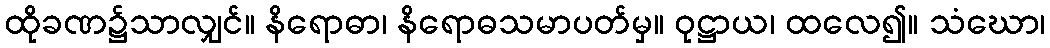
ထိုခဏ၌သာလျှင်။ နိရောဓာ၊ နိရောဓသမာပတ်မှ။ ဝုဋ္ဌာယ၊ ထလေ၍။ သံဃော၊